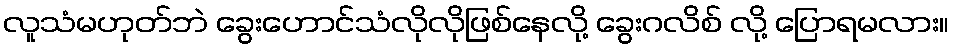
လူသံမဟုတ်ဘဲ ခွေးဟောင်သံလိုလိုဖြစ်နေလို့ ခွေးဂလိစ် လို့ ပြောရမလား။